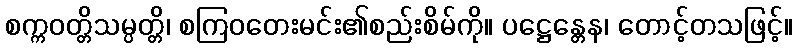
စက္ကဝတ္တိသမ္ပတ္တိ၊ စကြဝတေးမင်း၏စည်းစိမ်ကို။ ပဋ္ဌေန္တေန၊ တောင့်တသဖြင့်။